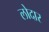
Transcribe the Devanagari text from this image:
लोदार